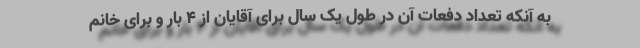
به آنکه تعداد دفعات آن در طول یک سال برای آقایان از ۴ بار و برای خانم